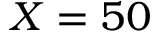
X = 5 0